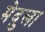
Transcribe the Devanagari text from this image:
मेदुला